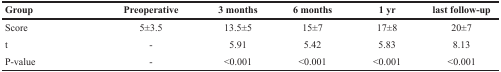
<table><thead><tr><td><b>Group</b></td><td><b>Preoperative</b></td><td><b>3 months</b></td><td><b>6 months</b></td><td><b>1 yr</b></td><td><b>last follow-up</b></td></tr></thead><tbody><tr><td>Score</td><td>5±3.5</td><td>13.5±5</td><td>15±7</td><td>17±8</td><td>20±7</td></tr><tr><td>t</td><td>-</td><td>5.91</td><td>5.42</td><td>5.83</td><td>8.13</td></tr><tr><td>P-value</td><td>-</td><td>&lt;0.001</td><td>&lt;0.001</td><td>&lt;0.001</td><td>&lt;0.001</td></tr></tbody></table>